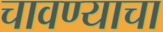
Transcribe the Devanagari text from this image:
चावण्याचा